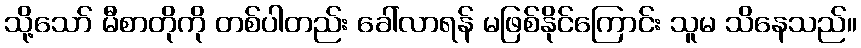
သို့သော် မီစာတိုကို တစ်ပါတည်း ခေါ်လာရန် မဖြစ်နိုင်ကြောင်း သူမ သိနေသည်။